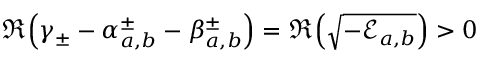
\Re { \left( \gamma _ { \pm } - \alpha _ { a , b } ^ { \pm } - \beta _ { a , b } ^ { \pm } \right) } = \Re { \left( \sqrt { - \mathcal { E } _ { a , b } } \right) } > 0